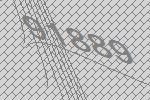
91889